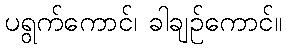
ပရွက်ကောင်၊ ခါချဉ်ကောင်။